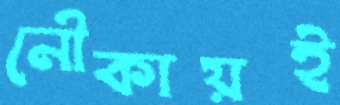
নৌকায়ই